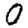
Digit: 0